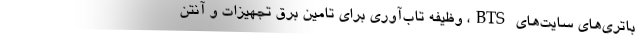
باتری‌های سایت‌های BTS، وظیفه تاب‌آوری برای تامین برق تجهیزات و آنتن